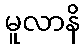
မူလာနိ